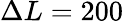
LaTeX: \Delta L=200